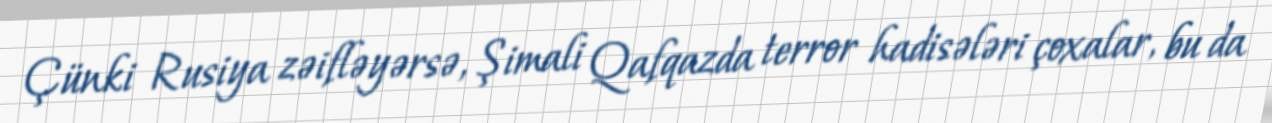
Çünki Rusiya zəifləyərsə, Şimali Qafqazda terror hadisələri çoxalar, bu da